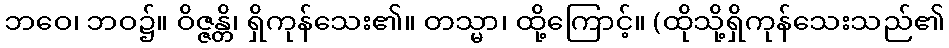
ဘဝေ၊ ဘဝ၌။ ဝိဇ္ဇန္တိ၊ ရှိကုန်သေး၏။ တသ္မာ၊ ထို့ကြောင့်။ (ထိုသို့ရှိကုန်သေးသည်၏